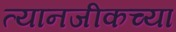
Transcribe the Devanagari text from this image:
त्यानजीकच्या